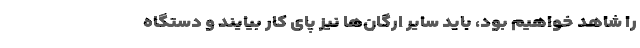
را شاهد خواهیم بود، باید سایر ارگان‌ها نیز پای کار بیایند و دستگاه